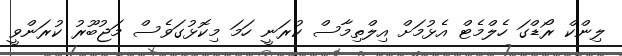
ލިންކް ރޯޑްގަ ހެލްމެޓް އެޅުމަށް އިލްތިމާސް ކުރަނީ ހަމަ މިކޮޅުގަވެސް މަޖުބޫރު ކުރަންވީ